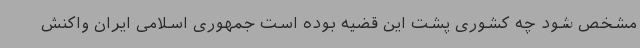
مشخص شود چه کشوری پشت این قضیه بوده است جمهوری اسلامی ایران واکنش